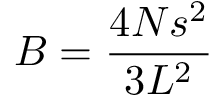
B = \frac { 4 N s ^ { 2 } } { 3 L ^ { 2 } }